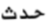
حدث